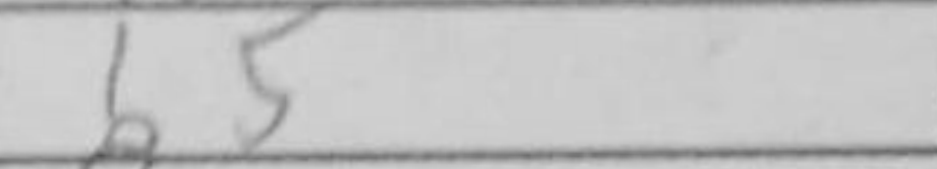
Transcription: b5